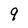
Character: 9